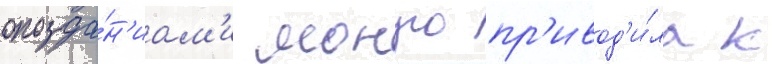
опозда́н'иам'и монро пр'ивод'и́ла к